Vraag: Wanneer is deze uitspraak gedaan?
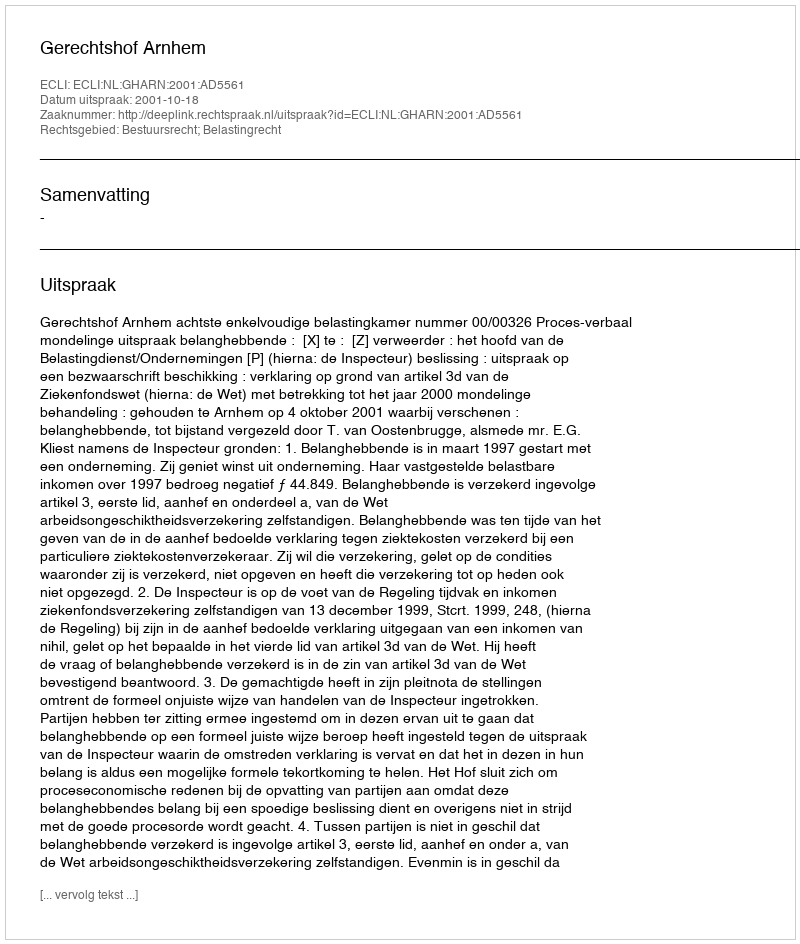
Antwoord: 2001-10-18